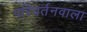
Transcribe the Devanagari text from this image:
परिवर्तनवाला